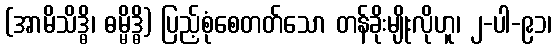
(အာမိသိဒ္ဓိ၊ ဓမ္မိဒ္ဓိ) ပြည့်စုံစေတတ်သော တန်ခိုးမျိုးလိုဟူ၊ ၂-ပါ-၉၁၊